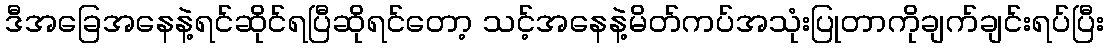
ဒီအခြေအနေနဲ့ရင်ဆိုင်ရပြီဆိုရင်တော့ သင့်အနေနဲ့မိတ်ကပ်အသုံးပြုတာကိုချက်ချင်းရပ်ပြီး